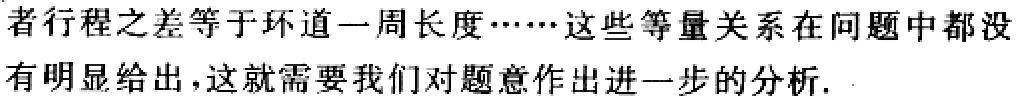
者行程之差等于环道一周长度……这些等量关系在问题中都没有明显给出，这就需要我们对题意作出进一步的分析.